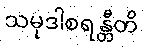
သမုဒါစရန္တီတိ